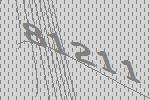
81211